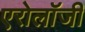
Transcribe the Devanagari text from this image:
एरोलॉजी